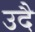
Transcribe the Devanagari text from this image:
उदै